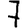
Digit: 7